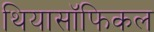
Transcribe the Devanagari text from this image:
थियासॉफिकल